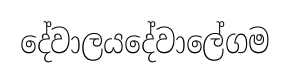
දේවාලයදේවාලේගම